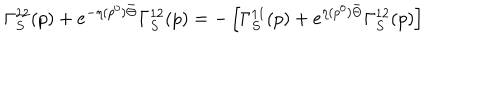
LaTeX: \Gamma _ { S } ^ { 2 2 } ( p ) + e ^ { - \eta ( p ^ { 0 } ) \bar { \Theta } } \Gamma _ { S } ^ { 1 2 } ( p ) = - \left[ \Gamma _ { S } ^ { 1 1 } ( p ) + e ^ { \eta ( p ^ { 0 } ) \bar { \Theta } } \Gamma _ { S } ^ { 1 2 } ( p ) \right]